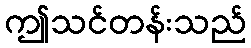
ဤသင်တန်းသည်